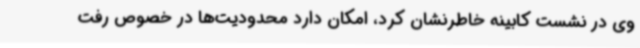
وی در نشست کابینه خاطرنشان کرد، امکان دارد محدودیت‌ها در خصوص رفت